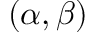
( \alpha , \beta )